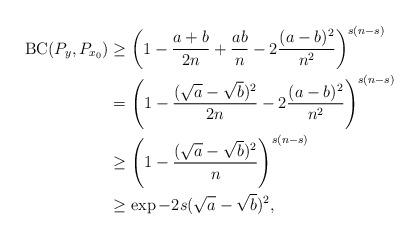
LaTeX: \begin{align*} \mathrm{BC}(P_{y}, P_{x_0}) &\ge \left(1 - \frac{a + b}{2n} + \frac{ab}{n} - 2\frac{(a-b)^2}{n^2}\right)^{s(n-s)} \\ &= \left( 1 - \frac{(\sqrt{a} - \sqrt{b})^2}{2n} - 2\frac{(a-b)^2}{n^2} \right)^{s(n-s)} \\ &\ge \left( 1 - \frac{(\sqrt{a} - \sqrt{b})^2}{n} \right)^{s(n-s)} \\ &\ge \exp{- 2s (\sqrt{a} - \sqrt{b})^2 },\end{align*}